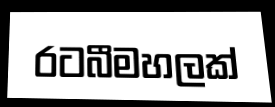
රටබීමහලක්